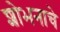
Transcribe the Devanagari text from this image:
शोभनाचे